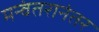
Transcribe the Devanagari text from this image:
मन्वंतरानंतर